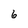
Character: 6